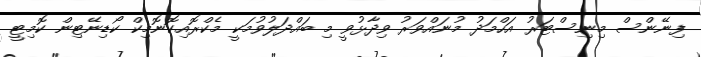
ފިނޭންސް މިނިސްޓަރު އަހްމަދު މުނައްވަރު ވިދާޅުވީ މި ބައްދަލުވުމަކީ މެކްރޮއިކޮނޮމިކް ކޯޑިނޭޓިން ކޮމިޓީ